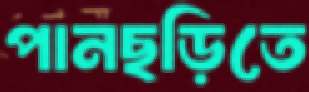
পানছড়িতে